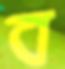
ব